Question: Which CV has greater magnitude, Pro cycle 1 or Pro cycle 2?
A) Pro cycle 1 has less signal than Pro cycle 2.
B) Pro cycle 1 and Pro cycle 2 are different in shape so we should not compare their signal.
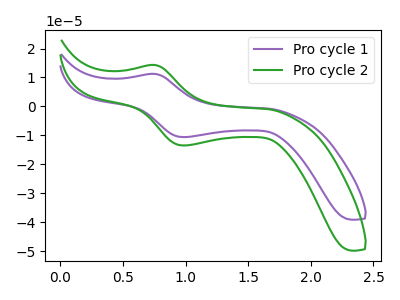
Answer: <think>The purple curve "Pro cycle 1" has an anodic peak at (0.75V, 11.25uA) and a cathodic peak at (1.00V, -10.60uA). The green curve "Pro cycle 2" has an anodic peak at (0.75V, 14.30uA) and a cathodic peak at (1.00V, -13.50uA).
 All the peaks in "Pro cycle 1" have a peak in "Pro cycle 2" at the same potential. Every peak in "Pro cycle 1" is lower than every peak in "Pro cycle 2".</think>
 <answer>A) "Pro cycle 1" has less signal than "Pro cycle 2".</answer>
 <eval>A</eval>